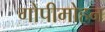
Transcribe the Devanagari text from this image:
गोपीमोहन